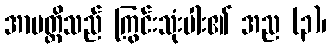
အာပတ္တိသည် ကြွင်းသုံးပါး၏ အည (၃)၊